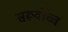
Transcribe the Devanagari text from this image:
सरूवोच्च